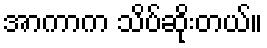
အာကာက သိပ်ဆိုးတယ်။